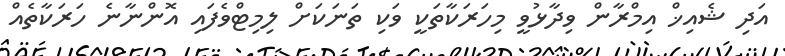
އަދި ޝެއިޚް އިމްރާން ވިދާޅުވީ މިހަރަކާތަކީ ވަކި ތަނަކަށް ލިމިޓްވެފައި އޮންނާނެ ހަރަކާތެއް